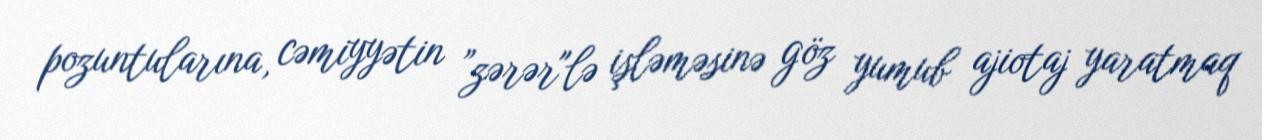
pozuntularına, cəmiyyətin ”zərər"lə işləməsinə göz yumub ajiotaj yaratmaq